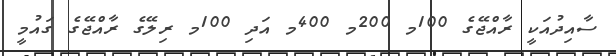
ސާއިދުއަކީ ރާއްޖޭގެ 100މ 200މ 400މ އަދި 100މ ރިލޭގެ ރާއްޖޭގެ ގައުމީ